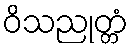
ဝိသညုတ္တံ